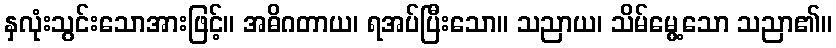
နှလုံးသွင်းသောအားဖြင့်။ အဓိဂတာယ၊ ရအပ်ပြီးသော။ သညာယ၊ သိမ်မွေ့သော သညာ၏။